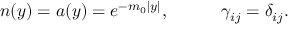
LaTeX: n ( y ) = a ( y ) = e ^ { - m _ { 0 } | y | } , \ \ \ \ \ \ \ \ \ \gamma _ { i j } = \delta _ { i j } .